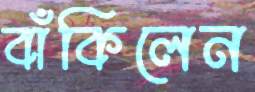
বাঁকিলেন